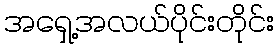
အရှေ့အလယ်ပိုင်းတိုင်း